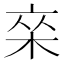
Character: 𰗣